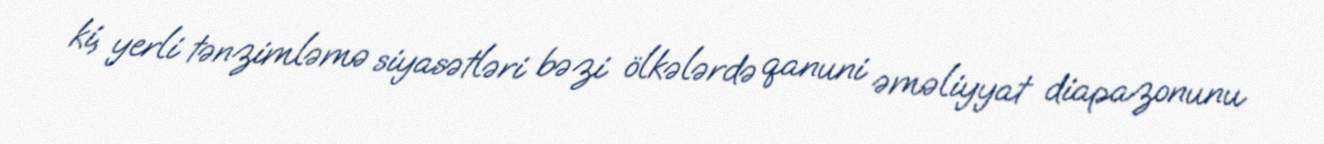
ki, yerli tənzimləmə siyasətləri bəzi ölkələrdə qanuni əməliyyat diapazonunu